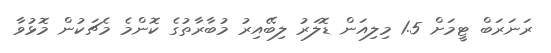
ރަނަރަބް ޓީމަށް 1.5 މިލިއަން ޑޮލަރު ލިބޭއިރު މުބާރާތުގެ ކޮންމެ މެޗަކުން މޮޅުވާ